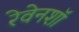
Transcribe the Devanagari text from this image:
रेवेनशॉ